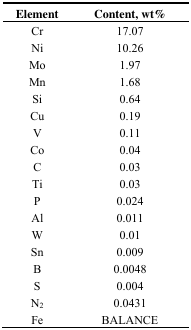
<table><thead><tr><td><b>Element</b></td><td><b>Content, wt%</b></td></tr></thead><tbody><tr><td>Cr</td><td>17.07</td></tr><tr><td>Ni</td><td>10.26</td></tr><tr><td>Mo</td><td>1.97</td></tr><tr><td>Mn</td><td>1.68</td></tr><tr><td>Si</td><td>0.64</td></tr><tr><td>Cu</td><td>0.19</td></tr><tr><td>V</td><td>0.11</td></tr><tr><td>Co</td><td>0.04</td></tr><tr><td>C</td><td>0.03</td></tr><tr><td>Ti</td><td>0.03</td></tr><tr><td>P</td><td>0.024</td></tr><tr><td>Al</td><td>0.011</td></tr><tr><td>W</td><td>0.01</td></tr><tr><td>Sn</td><td>0.009</td></tr><tr><td>B</td><td>0.0048</td></tr><tr><td>S</td><td>0.004</td></tr><tr><td>N<sub>2</sub></td><td>0.0431</td></tr><tr><td>Fe</td><td>BALANCE</td></tr></tbody></table>